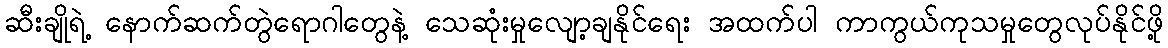
ဆီးချိုရဲ့ နောက်ဆက်တွဲရောဂါတွေနဲ့ သေဆုံးမှုလျော့ချနိုင်ရေး အထက်ပါ ကာကွယ်ကုသမှုတွေလုပ်နိုင်ဖို့